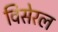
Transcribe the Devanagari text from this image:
विसेरल